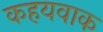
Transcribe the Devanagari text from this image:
कहयवाक